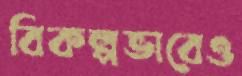
বিকল্পভাবেও